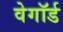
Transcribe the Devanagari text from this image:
वेगॉर्ड